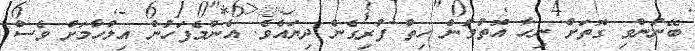
ބޭނުންވި ގޮތަށް ނިހާ އޮތުމުން ހިތް ފުރިގެން ދިޔައެވެ. އެންމެފަހުން އިލްހާމަށް ވެސް